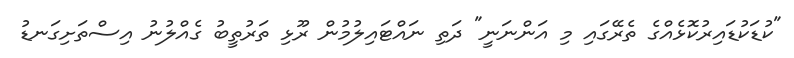
"ކުޑަކުޑައިރުކޮޅެއްގެ ތެރޭގައި މި އަންނަނީ" ދަތި ނައްޓައިލުމުން ރޫޅި ތަރުތީބު ގެއްލުނު އިސްތަށިގަނޑު